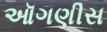
ઑગણીસ